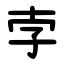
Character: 孛